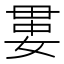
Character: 𡞔